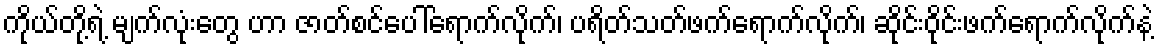
ကိုယ်တို့ရဲ့ မျက်လုံးတွေ ဟာ ဇာတ်စင်ပေါ်ရောက်လိုက်၊ ပရိတ်သတ်ဖက်ရောက်လိုက်၊ ဆိုင်းဝိုင်းဖက်ရောက်လိုက်နဲ့